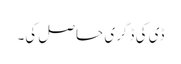
ڈی کی ڈگری حاصل کی۔